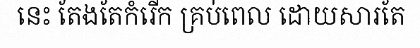
នេះ តែងតែកំរើក គ្រប់ពេល ដោយសារតែ